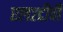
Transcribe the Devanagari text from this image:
एल२टीपी